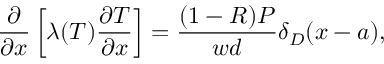
\frac { \partial } { \partial x } \left[ \lambda ( T ) \frac { \partial T } { \partial x } \right] = \frac { ( 1 - R ) P } { w d } \delta _ { D } ( x - a ) ,